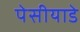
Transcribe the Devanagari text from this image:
पेसीयाडे